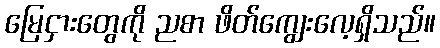
မြေငှားတွေကို ညစာ ဖိတ်ကျွေးလေ့ရှိသည်။